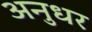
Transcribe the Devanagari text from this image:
अनुधर